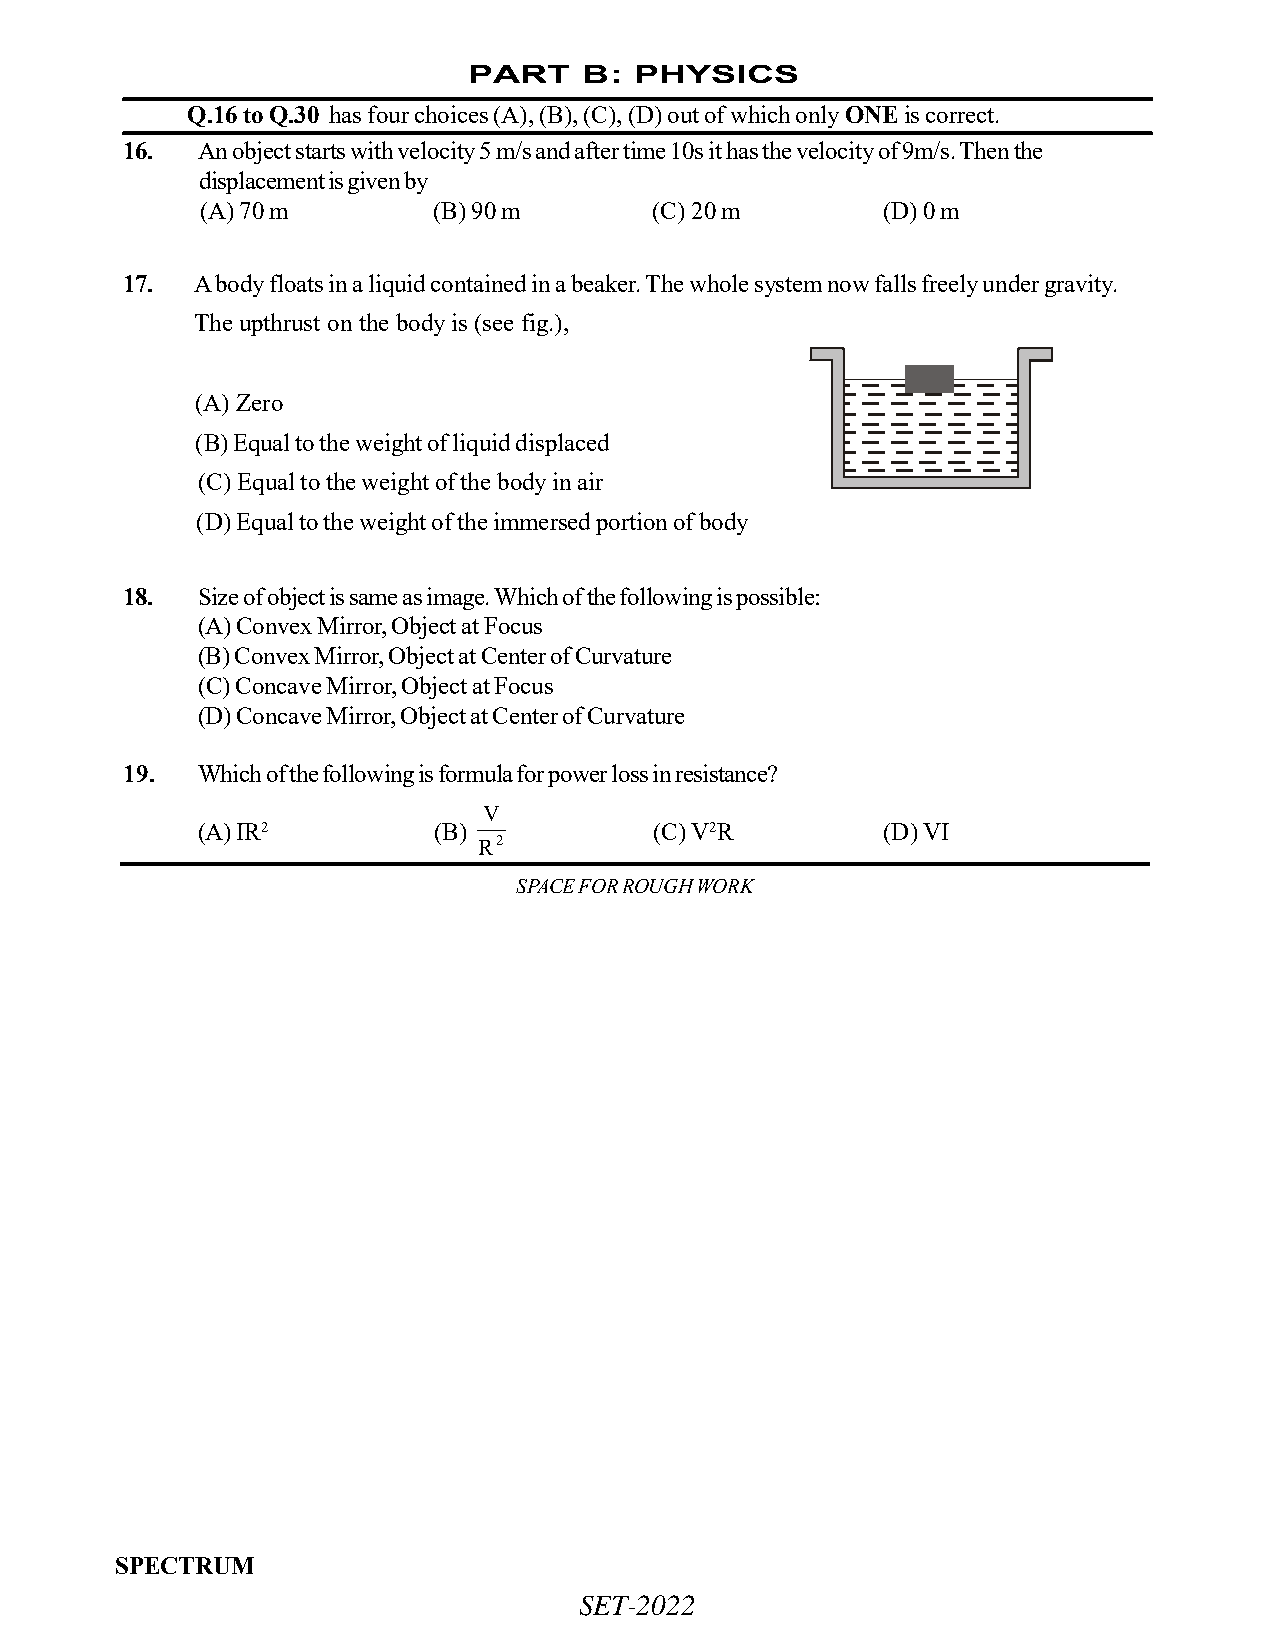
PART    B: PHYSICS
 Q.16 to Q.30 has four choices (A), (B), (C), (D) out of which only ONE is correct.
 16.  An object starts with velocity 5 m/s and after time 10s it has the velocity of 9m/s. Then the
 displacement is given by
 (A) 70 m        (B) 90 m      (C) 20 m       (D) 0 m
 17.  A body floats in a liquid contained in a beaker. The whole system now falls freely under gravity.
 The upthrust on the body is (see fig.),
 (A) Zero
 (B) Equal to the weight of liquid displaced
 (C) Equal to the weight of the body in air
 (D) Equal to the weight of the immersed portion of body
 18.  Size of object is same as image. Which of the following is possible:
 (A) Convex Mirror, Object at Focus
 (B) Convex Mirror, Object at Center of Curvature
 (C) Concave Mirror, Object at Focus
 (D) Concave Mirror, Object at Center of Curvature
 19.  Which of the following is formula for power loss in resistance?
 V
 (A) IR2         (B)           (C) V2R        (D) VI
 R2
 SPACE FOR ROUGH WORK
 SPECTRUM
 SET-2022